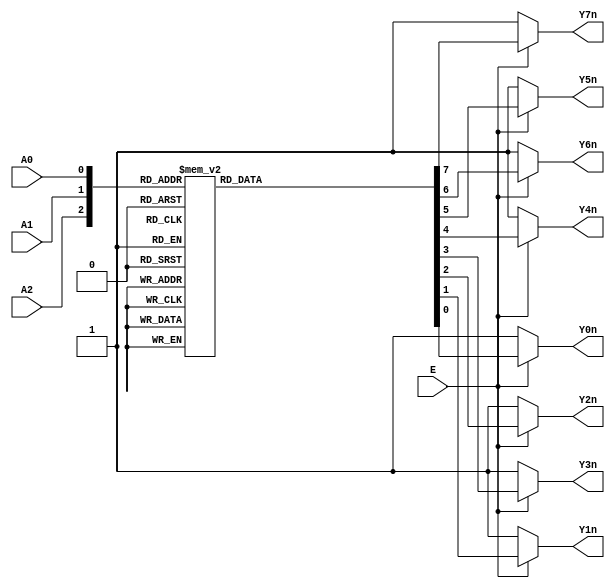
`timescale 1ns/1ns

module decoder_38(
   input             E      ,
   input             A0     ,
   input             A1     ,
   input             A2     ,
   
   output reg       Y0n    ,  
   output reg       Y1n    , 
   output reg       Y2n    , 
   output reg       Y3n    , 
   output reg       Y4n    , 
   output reg       Y5n    , 
   output reg       Y6n    , 
   output reg       Y7n    
);

always @(*)begin
   if(!E)begin
      Y0n = 1'b1;
      Y1n = 1'b1;
      Y2n = 1'b1;
      Y3n = 1'b1;
      Y4n = 1'b1;
      Y5n = 1'b1;
      Y6n = 1'b1;
      Y7n = 1'b1;
   end  
   else begin
      case({A2,A1,A0})
         3'b000 : begin
                     Y0n = 1'b0; Y1n = 1'b1; Y2n = 1'b1; Y3n = 1'b1; 
                     Y4n = 1'b1; Y5n = 1'b1; Y6n = 1'b1; Y7n = 1'b1;
                  end 
         3'b001 : begin
                     Y0n = 1'b1; Y1n = 1'b0; Y2n = 1'b1; Y3n = 1'b1; 
                     Y4n = 1'b1; Y5n = 1'b1; Y6n = 1'b1; Y7n = 1'b1;
                  end 
         3'b010 : begin
                     Y0n = 1'b1; Y1n = 1'b1; Y2n = 1'b0; Y3n = 1'b1; 
                     Y4n = 1'b1; Y5n = 1'b1; Y6n = 1'b1; Y7n = 1'b1;
                  end 
         3'b011 : begin
                     Y0n = 1'b1; Y1n = 1'b1; Y2n = 1'b1; Y3n = 1'b0; 
                     Y4n = 1'b1; Y5n = 1'b1; Y6n = 1'b1; Y7n = 1'b1;
                  end 
         3'b100 : begin
                     Y0n = 1'b1; Y1n = 1'b1; Y2n = 1'b1; Y3n = 1'b1; 
                     Y4n = 1'b0; Y5n = 1'b1; Y6n = 1'b1; Y7n = 1'b1;
                  end 
         3'b101 : begin
                     Y0n = 1'b1; Y1n = 1'b1; Y2n = 1'b1; Y3n = 1'b1; 
                     Y4n = 1'b1; Y5n = 1'b0; Y6n = 1'b1; Y7n = 1'b1;
                  end 
         3'b110 : begin
                     Y0n = 1'b1; Y1n = 1'b1; Y2n = 1'b1; Y3n = 1'b1; 
                     Y4n = 1'b1; Y5n = 1'b1; Y6n = 1'b0; Y7n = 1'b1;
                  end 
         3'b111 : begin
                     Y0n = 1'b1; Y1n = 1'b1; Y2n = 1'b1; Y3n = 1'b1; 
                     Y4n = 1'b1; Y5n = 1'b1; Y6n = 1'b0; Y7n = 1'b0;
                  end 
         default: begin
                     Y0n = 1'b1; Y1n = 1'b1; Y2n = 1'b1; Y3n = 1'b1; 
                     Y4n = 1'b1; Y5n = 1'b1; Y6n = 1'b1; Y7n = 1'b1;
                  end
      endcase  
   end 
end    
     
endmodule

module decoder1(
   input             A     ,
   input             B     ,
   input             Ci    ,
   
   output wire       D     ,
   output wire       Co         
);
   wire       Y0n    ;  
   wire       Y1n    ; 
   wire       Y2n    ; 
   wire       Y3n    ; 
   wire       Y4n    ; 
   wire       Y5n    ; 
   wire       Y6n    ; 
   wire       Y7n    ;

   decoder_38 inst1 (1'b1, Ci, B, A, Y0n, Y1n, Y2n, Y3n, Y4n, Y5n, Y6n, Y7n);

   assign D = ~(Y1n & Y2n & Y4n & Y7n);
   assign Co = ~(Y1n & Y2n & Y3n & Y7n);
endmodule